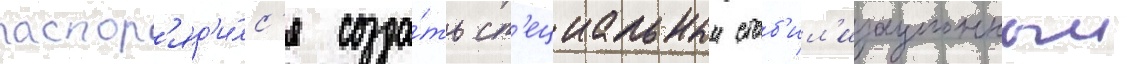
распор'яд'и́лс'я созда́ть сп'ециальныи стаб'ил'изационныи